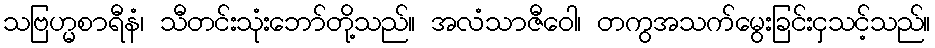
သဗြဟ္မစာရီနံ၊ သီတင်းသုံးဘော်တို့သည်။ အလံသာဇီဝေါ၊ တကွအသက်မွေးခြင်းငှသင့်သည်။